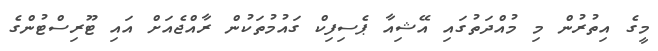
މީގެ އިތުރުން މި މުއްދަތުގައި އޭޝިއާ ޕެސިފިކް ގައުމުތަކުން ރާއްޖެއަށް އައި ޓޫރިސްޓުންގެ